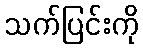
သက်ပြင်းကို